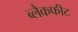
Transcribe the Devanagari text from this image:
ब्लैकफीट